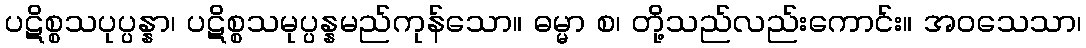
ပဋိစ္စသပုပ္ပန္နာ၊ ပဋိစ္စသမုပ္ပန္နမည်ကုန်သော။ ဓမ္မာ စ၊ တို့သည်လည်းကောင်း။ အဝသေသာ၊